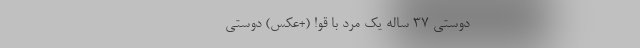
--------------------------- دوستی 37 ساله یک مرد با قو! (+عکس) دوستی